Civil Veterinary Department. United Provinces 1923-31 - 1923-1931
Year: 1923
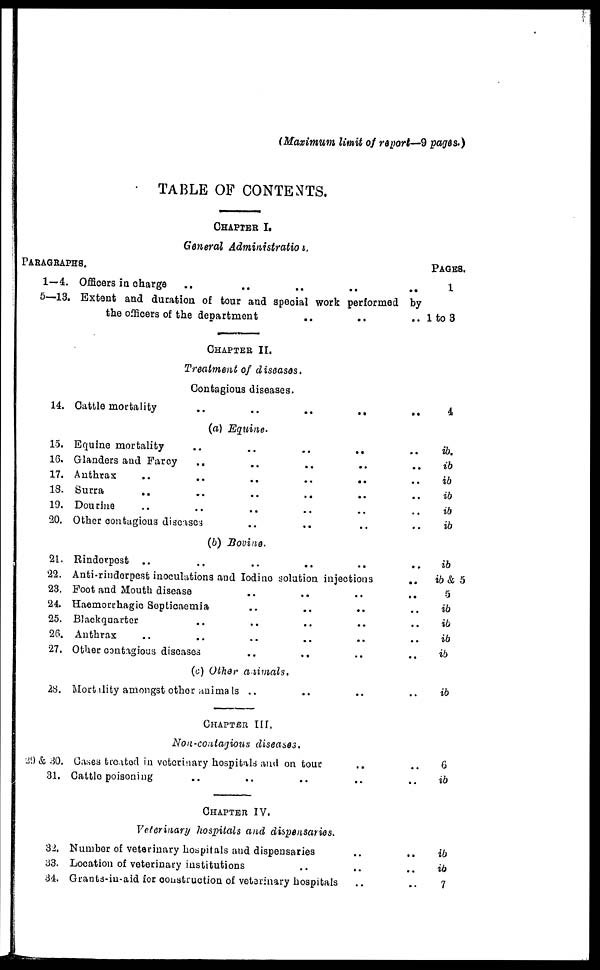
(Maximum limit of report—9 pages.)
TABLE OF CONTENTS.
CHAPTER I.
General Administration.
PARAGRAPHS.
1—4.
5—13.
14.
15.
16.
17.
18.
19.
20.
21.
22.
23.
24
25.
26.
27.
28.
29 & 30.
31.
32.
33.
34.
Officers in charge .. .. .. .. ..
Extent and duration of tour and special work performed by
the officers of the department .. .. ..
CHAPTER II.
Treatment of diseases.
Contagious diseases.
Cattle mortality .. .. .. .. ..
(a) Equine.
Equine mortality .. .. .. .. ..
Glanders and Farcy .. .. .. .. ..
Anthrax .. .. .. .. .. ..
Surra .. .. .. .. .. ..
Dourine .. .. .. .. .. ..
Other contagious diseases .. .. .. ..
(b) Bovine.
Rinderpest .. .. .. .. .. ..
Anti-rinderpest inoculations and Iodine solution injections ..
Foot and Mouth disease .. .. .. ..
Haemorrhagic Septicaemia .. .. .. ..
Blackquarter .. .. .. .. ..
Anthrax .. .. .. .. .. ..
Other contagious diseases .. .. .. ..
(c) Other
animals.
Mortality amongst other animals .. .. .. ..
CHAPTER III.
Non-contagious
diseases.
Gases treated in veterinary hospitals and on tour .. ..
Cattle poisoning .. .. .. .. ..
CHAPTER IV.
Veterinary hospitals and dispensaries.
Number of veterinary hospitals and dispensaries .. ..
Location of veterinary institutions .. .. ..
Grants-in-aid for construction of veterinary hospitals .. ..
PAGES.
1
1 to 3
4
ib.
ib
ib
ib
ib
ib
ib
ib & 5
5
ib
ib
ib
ib
ib
6
ib
ib
ib
7